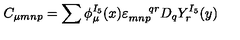
C _ { \mu m n p } = \sum \phi _ { \mu } ^ { I _ { 5 } } ( x ) \varepsilon _ { m n p } ^ { \: \: \: \: \: \: \: \: q r } D _ { q } Y _ { r } ^ { I _ { 5 } } ( y )